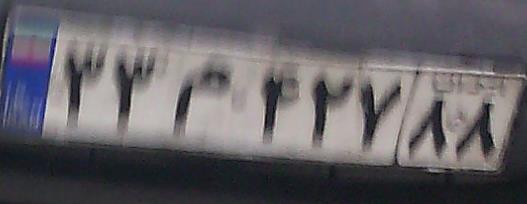
۳۳م۴۲۷۸۸